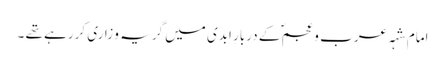
امام شہہ عرب و عجمؐ کے دربارِ ابدی میں گریہ و زاری کررہے تھے ۔